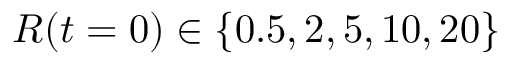
R ( t = 0 ) \in \{ 0 . 5 , 2 , 5 , 1 0 , 2 0 \}